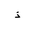
Letter: _thal